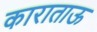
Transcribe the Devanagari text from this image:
काराताऊ